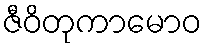
ဇီဝိတုကာမောဝ